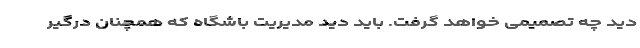
دید چه تصمیمی خواهد گرفت. باید دید مدیریت باشگاه که همچنان درگیر